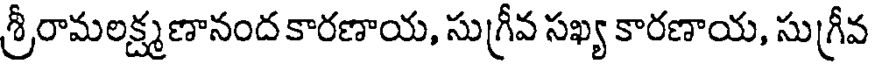
శ్రీరామలక్ష్మణానంద కారణాయ, సుగ్రీవ సఖ్య కారణాయ, సుగ్రీవ